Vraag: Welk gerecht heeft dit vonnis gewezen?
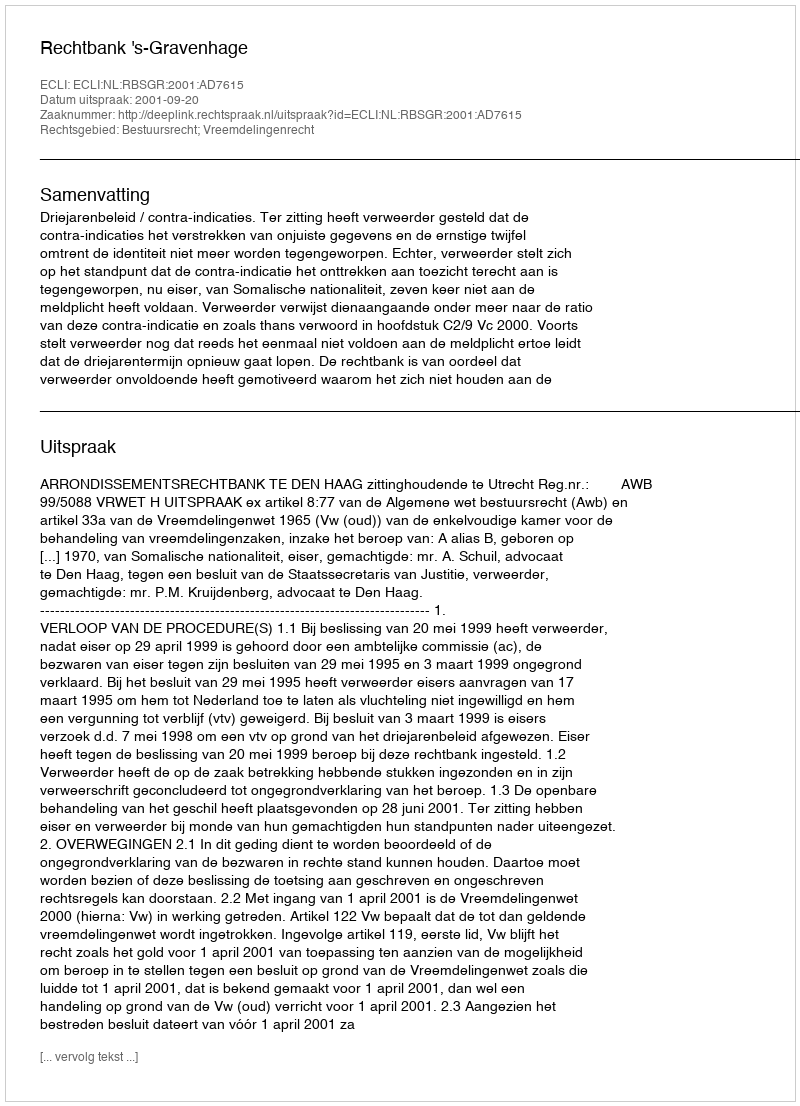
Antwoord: Rechtbank 's-Gravenhage